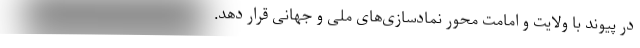
در پیوند با ولایت و امامت محور نمادسازی‌های ملی و جهانی قرار دهد.